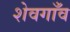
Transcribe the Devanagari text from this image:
शेवगाँव